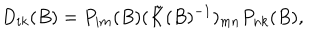
LaTeX: D _ { i k } ( B ) = P _ { i m } ( B ) ( \tilde { K } ( B ) ^ { - 1 } ) _ { m n } P _ { n k } ( B ) ,